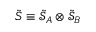
\tilde { S } \equiv \tilde { \mathcal { S } } _ { A } \otimes \tilde { \mathcal { S } } _ { B }